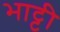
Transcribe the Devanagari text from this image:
भाट्टी